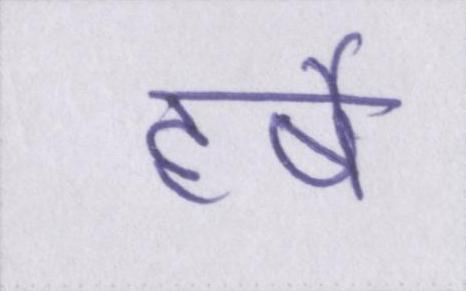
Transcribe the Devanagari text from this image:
हर्षे